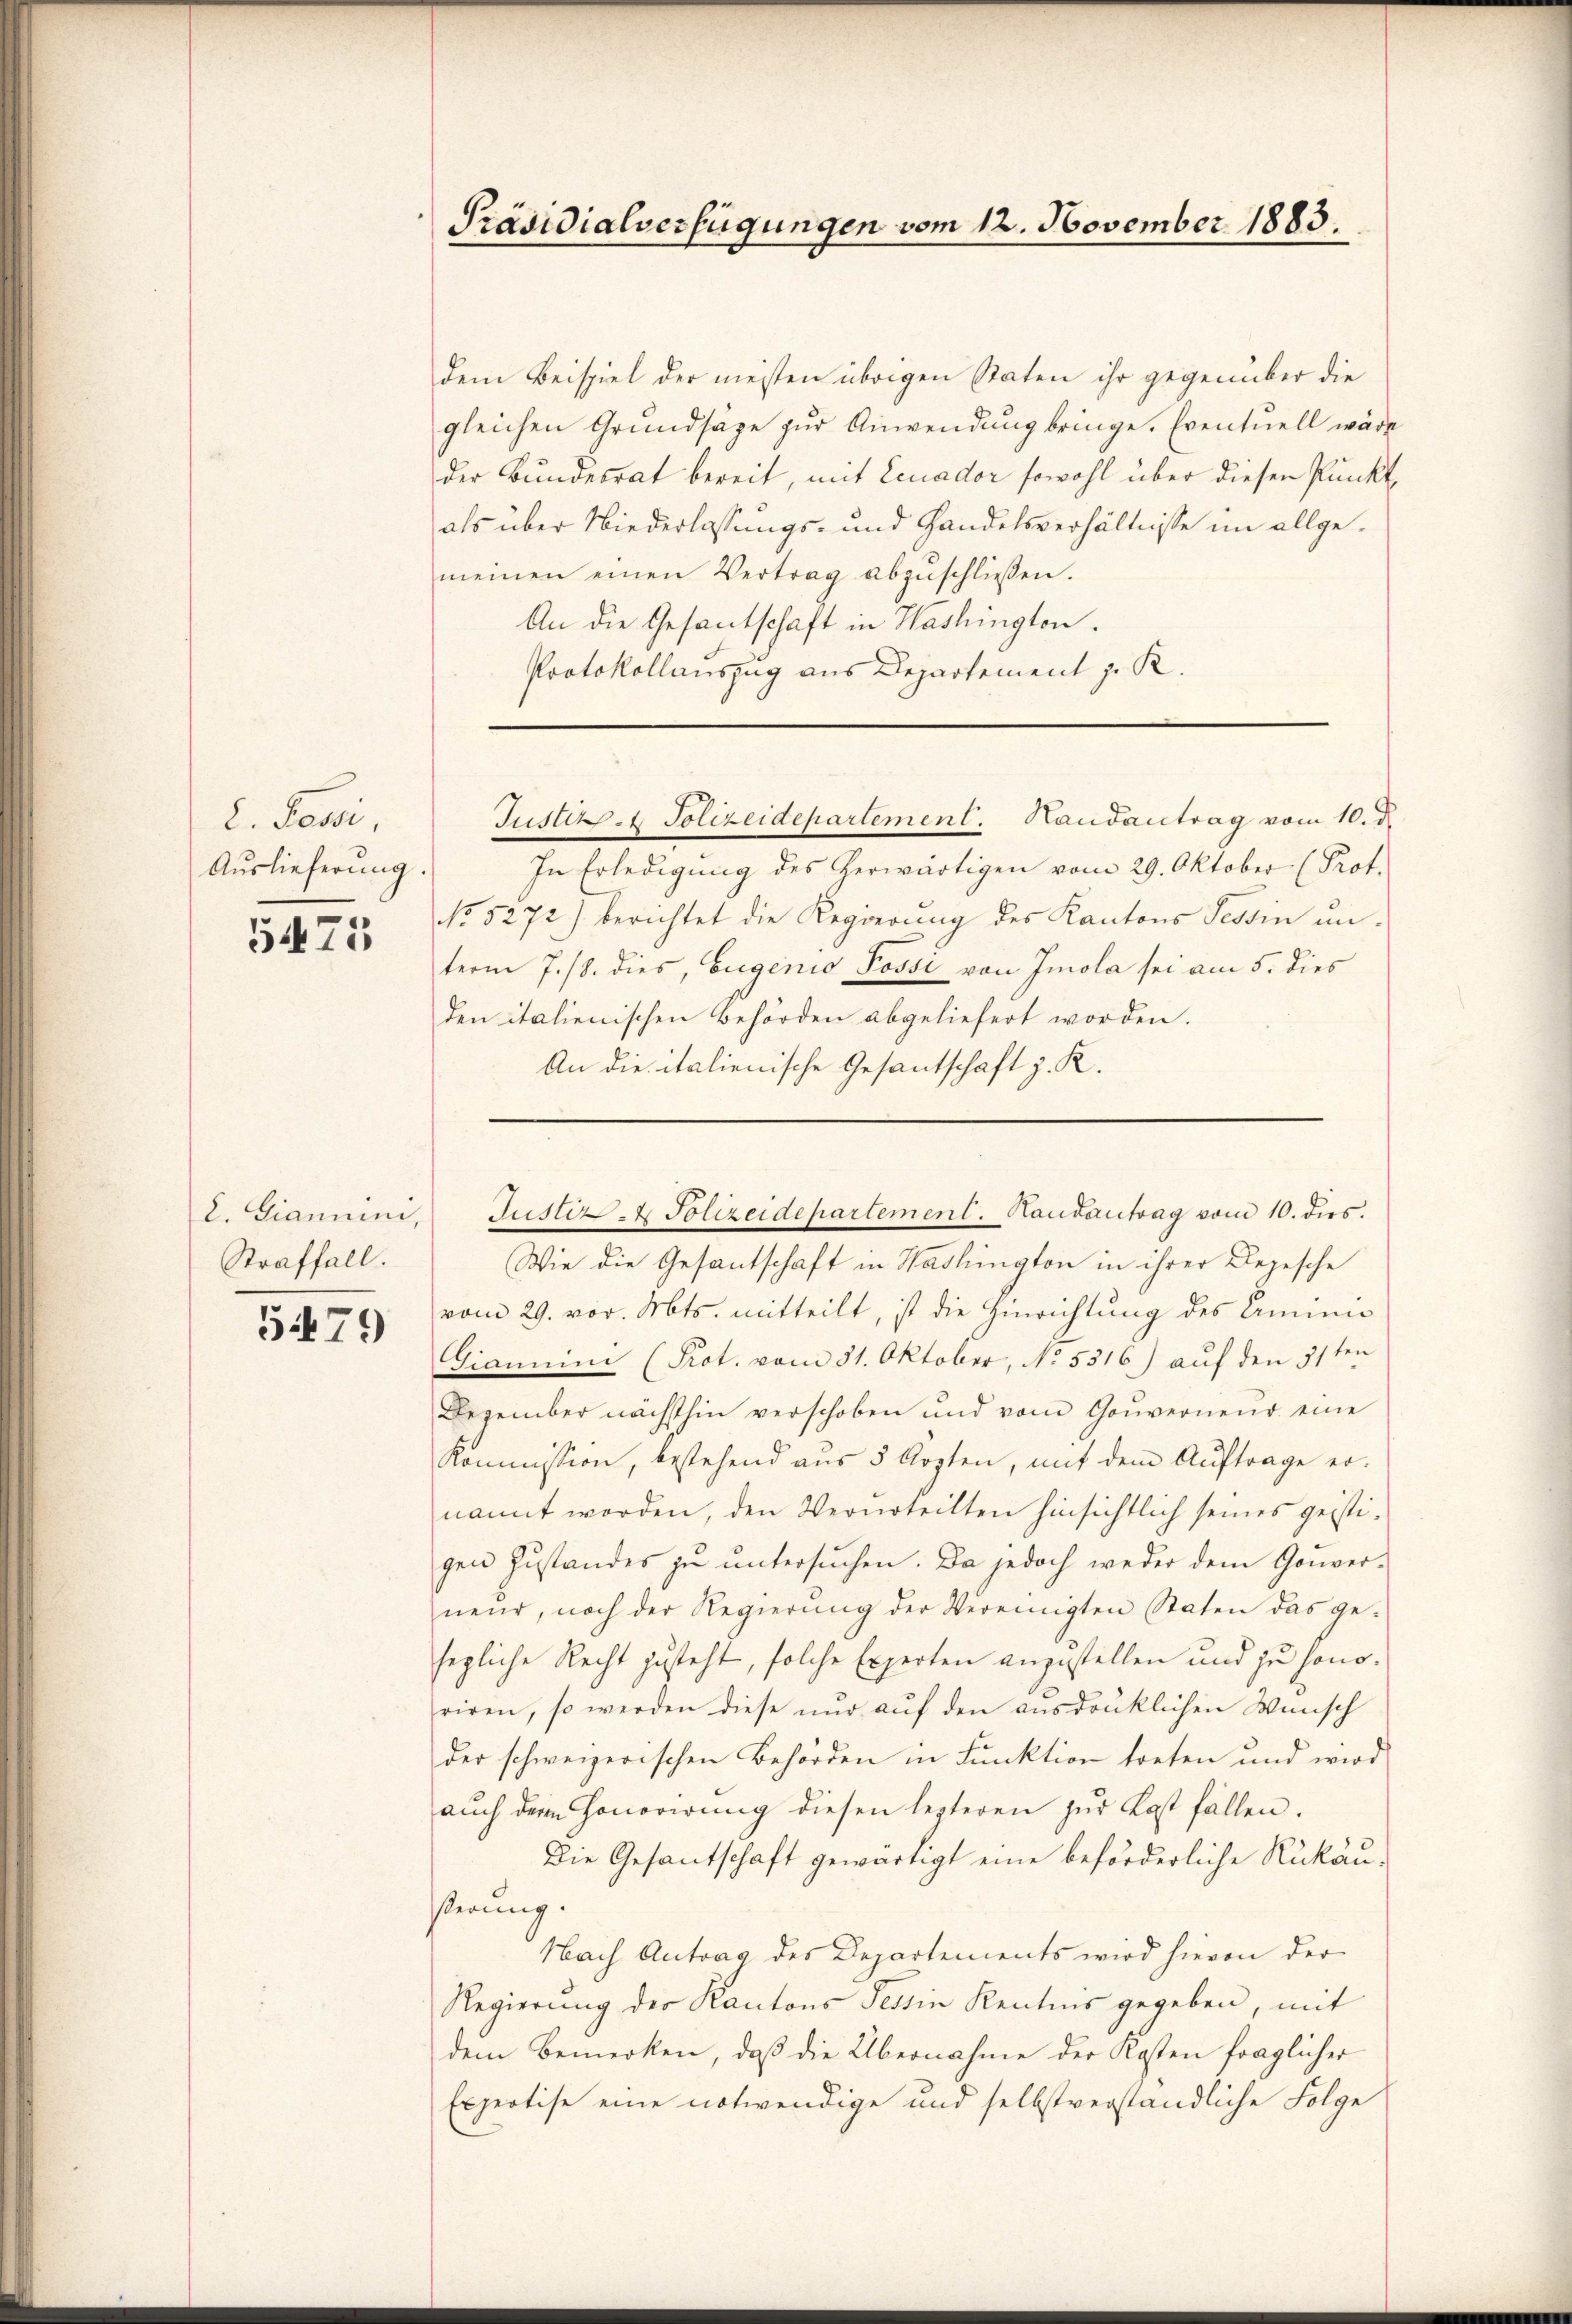
d. Passi,
Auslieferung.

5475

Straffall.

5479

Präsidialverfügungen vom 12. November 1883.

dem Beispiel der meisten übrigen Staten ihr gegenüber die
gleichen Grundsätze zur Anwendung bringe. Eventuell wäre
der Bundesrat bereit, mit Leuador sowohl über diesen Punkt,
als über Niederlassungs- und Handelsverhältnisse im allgemeinen einen Vertrag abzŭschlieβen.
An die Gesantschaft in Washington.
Protokollauszug aus Departement z. R.

In Erledigung des herwärtigen vom 29. Oktober (Prot.
No. 5272) berichtet die Regierŭng des Kantons Tessin un-
term 7./8. dies, Eugenie Possi von Imola sei am 5. dies
den italienischen Behörden abgeliefert worden.
An die italienische Gesantschaft z. R.

Wie die Gesantschaft in Hadlington in ihrer Depesche
vom 29. vor. Mts. mitteilt, ist die Hinrichtung des Arminis
Giammini (Prot. vom 31. Oktober, No. 5516) auf den 31ten
Dezember nächsthin verschoben und vom Gouverneur eine
Kommission, bestehend aŭs 5 Ärzten, mit dem Aŭftrage er-
nannt worden, den Verurteilten hinsichtlich seines geisti-
gen Zustandes zu untersuchen. Da jedoch weder dem Gouver-
neŭr, noch der Regierŭng der Vereinigten Staten das ge-
segliche Recht zusteht, solche Experten anzustellen und zu honoriren, so werden diese nŭr aŭf den ausdrüklichen Wünsch
der schweizerischen Behörden in Funktion treten und wird
aŭch dem Honorirŭng diesen lezteren zŭr Kost fällen.
Die Gesantschaft gewärtigt eine beförderliche Rükäußerung.
Nach Antrag des Departements wird hievon der
Regierung der Kantons Tessin Kentnis gegeben, mit
dem Bemerken, daβ die Übernahme der Kosten fraglicher
Espertise eine notwendige und selbstverständliche Folge

Justiz- & Polizeidepartement. Handantrag vom 10. d.

I. Gianum. Justiz- & Polizeidepartement. Hautantrag vom 10. dies.